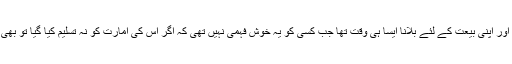
یزید کا خلافت پہ قبضہ اور اپنی بیعت کے لئے بلانا ایسا ہی وقت تھا جب کسی کو یہ خوش فہمی نہیں تھی کہ اگر اس کی امارت کو نہ تسلیم کیا گیا تو بھی یزید کچھ نہیں کہے گا۔